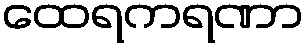
ထေရကရဏာ